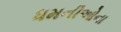
ધમનીઓના